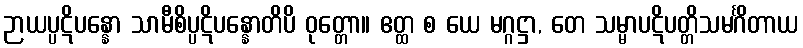
ဉာယပ္ပဋိပန္နော သာမီစိပ္ပဋိပန္နောတိပိ ဝုတ္တော။ ဧတ္ထ စ ယေ မဂ္ဂဋ္ဌာ, တေ သမ္မာပဋိပတ္တိသမင်္ဂိတာယ